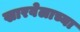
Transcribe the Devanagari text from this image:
खारवेलाच्या